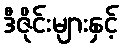
ဒီဇိုင်းများနှင့်